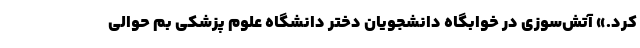
کرد.» آتش‌سوزی در خوابگاه دانشجویان دختر دانشگاه علوم پزشکی بم حوالی